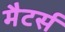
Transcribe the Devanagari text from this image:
मैटर्स